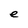
Character: e